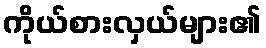
ကိုယ်စားလှယ်များ၏